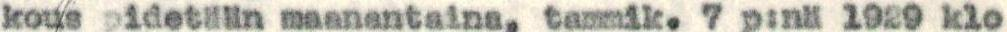
kous pidetään maanantaina, tammik. 7 p:nä 1929 klo